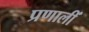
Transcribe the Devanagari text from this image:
प्रणालीं